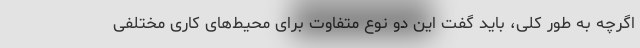
اگرچه به طور کلی، باید گفت این دو نوع متفاوت برای محیط‌های کاری مختلفی